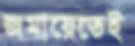
জমায়েতেই